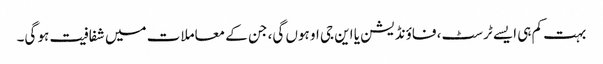
بہت کم ہی ایسے ٹرسٹ، فاؤنڈیشن یا این جی او ہوں گی، جن کے معاملات میں شفافیت ہو گی۔